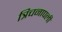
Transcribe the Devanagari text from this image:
त्रिचनापली